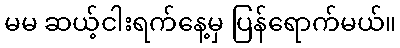
မမ ဆယ့်ငါးရက်နေ့မှ ပြန်ရောက်မယ်။